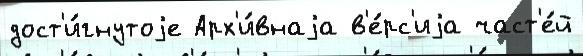
дост'и́гнутоjе Арх'и́внаjа в'е́рс'иjа част'е́й